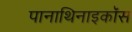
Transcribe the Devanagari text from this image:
पानाथिनाइकॉस